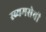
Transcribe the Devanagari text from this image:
स्व्यमसेवी